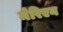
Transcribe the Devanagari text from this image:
मेरिएन